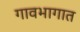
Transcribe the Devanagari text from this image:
गावभागात